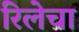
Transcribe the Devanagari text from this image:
रिलेचा